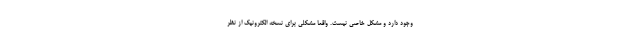
وجود دارد و مشکل خاصی نیست. واقعا مشکلی برای نسخه الکترونیک از نظر